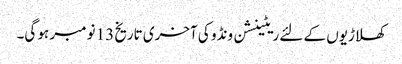
کھلاڑیوں کے لئے ریٹینشن ونڈو کی آخری تاریخ 13 نومبر ہو گی۔